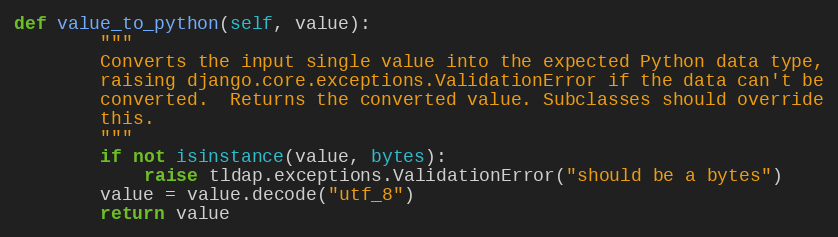
Language: Python
def value_to_python(self, value):
        """
        Converts the input single value into the expected Python data type,
        raising django.core.exceptions.ValidationError if the data can't be
        converted.  Returns the converted value. Subclasses should override
        this.
        """
        if not isinstance(value, bytes):
            raise tldap.exceptions.ValidationError("should be a bytes")
        value = value.decode("utf_8")
        return value